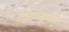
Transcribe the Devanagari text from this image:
उद्‌घाटनसोहळा